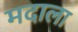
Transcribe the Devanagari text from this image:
मदाला